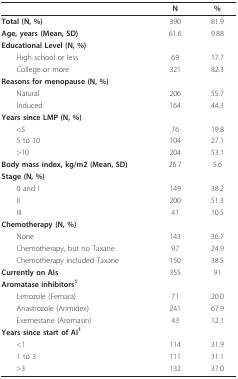
<table><thead><tr><td></td><td><b>N</b></td><td><b>%</b></td></tr></thead><tbody><tr><td><b>Total (N, %)</b></td><td>390</td><td>81.9</td></tr><tr><td><b>Age, years (Mean, SD)</b></td><td>61.6</td><td>9.88</td></tr><tr><td><b>Educational Level (N, %)</b></td><td></td><td></td></tr><tr><td> High school or less</td><td>69</td><td>17.7</td></tr><tr><td> College or more</td><td>321</td><td>82.3</td></tr><tr><td><b>Reasons for menopause (N, %)</b></td><td></td><td></td></tr><tr><td> Natural</td><td>206</td><td>55.7</td></tr><tr><td> Induced</td><td>164</td><td>44.3</td></tr><tr><td><b>Years since LMP (N, %)</b></td><td></td><td></td></tr><tr><td> &lt;5</td><td>76</td><td>19.8</td></tr><tr><td> 5 to 10</td><td>104</td><td>27.1</td></tr><tr><td> &gt;10</td><td>204</td><td>53.1</td></tr><tr><td><b>Body mass index, kg/m2 (Mean, SD)</b></td><td>26.7</td><td>5.6</td></tr><tr><td><b>Stage (N, %)</b></td><td></td><td></td></tr><tr><td> 0 and I</td><td>149</td><td>38.2</td></tr><tr><td> II</td><td>200</td><td>51.3</td></tr><tr><td> III</td><td>41</td><td>10.5</td></tr><tr><td><b>Chemotherapy (N, %)</b></td><td></td><td></td></tr><tr><td> None</td><td>143</td><td>36.7</td></tr><tr><td> Chemotherapy, but no Taxane</td><td>97</td><td>24.9</td></tr><tr><td> Chemotherapy included Taxane</td><td>150</td><td>38.5</td></tr><tr><td><b>Currently on AIs</b></td><td>355</td><td>91</td></tr><tr><td><b>Aromatase inhibitors</b><sup><b>1</b></sup></td><td></td><td></td></tr><tr><td> Letrozole (Femara)</td><td>71</td><td>20.0</td></tr><tr><td> Anastrozole (Arimidex)</td><td>241</td><td>67.9</td></tr><tr><td> Exemestane (Aromasin)</td><td>43</td><td>12.1</td></tr><tr><td><b>Years since start of AI</b><sup><b>1</b></sup></td><td></td><td></td></tr><tr><td> &lt;1</td><td>114</td><td>31.9</td></tr><tr><td> 1 to 3</td><td>111</td><td>31.1</td></tr><tr><td> &gt;3</td><td>132</td><td>37.0</td></tr></tbody></table>